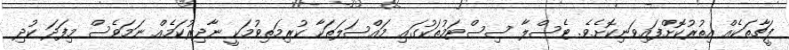
ފީޗާތަކެއް އިތުރުކޮށްފައިވަނިކޮށެވެ. ޓެސްލާ ސިސްޓަމުތަކުގައި މައްސަލަތަކާ ކުރިމަތިވުމަކީ ނާދިރުކަމެއް ނަމަވެސް މިފަދަ ކުދި